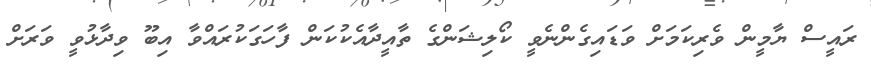
ރައީސް ޔާމީން ވެރިކަމަށް ވަޑައިގެންނެވީ ކޯލިޝަންގެ ތާއީދާއެކުކަން ފާހަގަކުރައްވާ އިބޫ ވިދާޅުވީ ވަރަށް